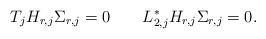
\begin{align*} T_j H_{r,j}\Sigma_{r,j}=0 \qquad L_{2,j}^* H_{r,j}\Sigma_{r,j}=0. \end{align*}